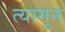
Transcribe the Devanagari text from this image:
त्यागुन